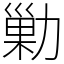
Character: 勦